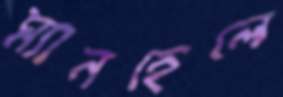
ম্যানহেলে